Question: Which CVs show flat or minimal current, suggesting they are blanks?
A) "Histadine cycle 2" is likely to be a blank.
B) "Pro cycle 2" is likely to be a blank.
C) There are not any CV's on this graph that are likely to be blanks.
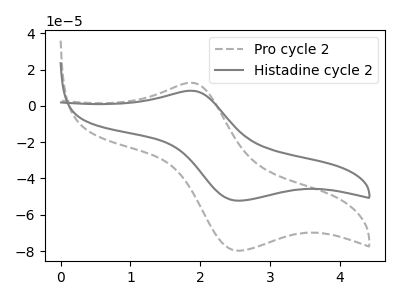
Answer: <think>The gray dashed curve "Pro cycle 2" has an anodic peak at (1.85V, 12.75uA) and a cathodic peak at (2.55V, -79.85uA). The gray curve "Histadine cycle 2" has an anodic peak at (1.85V, 8.35uA) and a cathodic peak at (2.55V, -52.30uA).</think>
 <answer>C) There are not any CV's on this graph that are likely to be blanks.</answer>
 <eval>C</eval>